Annual report on the working of the mental hospitals in the Madras Presidency - 1912-1932
Year: 1912
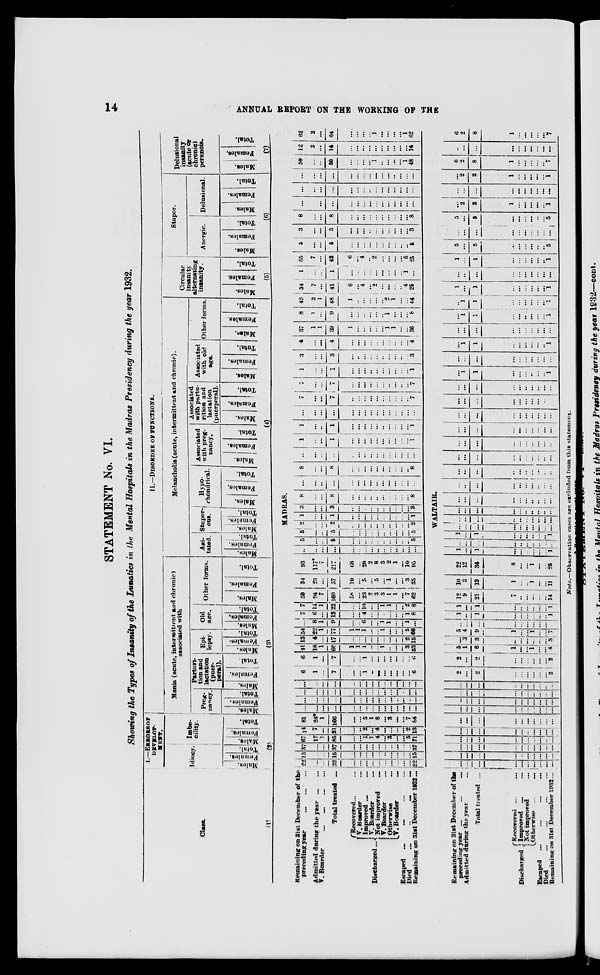
14
ANNUAL REPORT ON THE WORKING OF THE
STATEMENT No. VI.
Showing the Types of Insanity of the Lunatics in the Mental Hospitals in the Madras Presidency during the year 1932.
Class.
(1)
Remaining on 31st December of the
preceding year
...
Admitted during the year ... ...
V. Boarder ... ... ... ...
Total treated ...
Discharged ...
Recovered ... ...
V. Boarder ...
Improved ... ...
V.Boarder ...
Not improved ...
V. Boarder ...
Otherwise ...
V. Boarder
...
Escaped ... ... ... ...
Died
...
...
...
...
Remaining on 31st December 1932 ...
Remaining on 31st December of the
preceding year ...
...
...
Admitted during the year ...
Total treated
...
Discharged .
Recovered ... ...
Improved
...
...
Not improved ...
Otherwise ...
...
Escaped ... ... ... ...
Died
...
...
...
...
Remaining on 31st December 1932 ...
1.— ERRORS OF
DEVELOP-
MENT.
Idiocy.
Males.
Females.
Total.
Imbe-
cility.
Males.
Females.
Total.
(2)
II.—DISORDER OF FUNCTIONS.
Mania (acute, intermittent and chronic)
associated with
Preg-
nancy.
Mal es .
Femal es .
Tot al .
Parturi-
tion and
lactation
(puer-
peral).
Males.
Females.
Total.
Epi-
lepsy.
Males.
Females.
Total.
Old
age.
Males.
Females.
Total.
Other forms.
Males.
Females.
Total.
(3)
Melancholia (acute, intermittent and chronic).
Agi-
tated.
Males.
Females.
Total.
Stupor-
ous.
Males.
Females.
Total.
Hypo-
chondrical.
Males.
Females.
Total.
Associated
with preg-
nancy.
Males.
Females.
Total.
Associated
with partu-
rition and
lactation
puerperal).
Males.
Females.
Total.
Associated
with old
age.
Males.
Females.
Total.
Other forms.
Males.
Females.
Total.
(4)
Circular
insanity
alternating
insanity.
Males.
Females.
Total.
(5)
Stupor.
Anergic.
Males.
Females.
Total.
Delusional.
Males.
Females.
Total.
(6)
Delusional
insanity
(acute or
chronic)
peranoia.
Males.
Females.
Total.
(7)
MADRAS.
22
...
...
22
...
...
...
...
...
...
...
...
...
...
22
15
...
...
15
...
...
...
...
...
...
...
...
...
...
15
37
...
...
37
...
...
...
...
...
...
...
...
...
...
37
67
17
1
85
...
...
1
1
4
...
3
...
...
5
71
14
7
...
21
...
...
2
...
4
...
...
...
...
2
13
81
24*
1
106
...
...
3
1
8
...
3
...
...
7
84
...
...
...
...
...
...
...
...
...
...
...
...
...
...
...
...
...
...
...
...
...
...
...
...
...
...
...
...
...
...
...
...
...
...
...
...
...
...
...
...
...
...
...
...
...
...
...
...
...
...
...
...
...
...
...
...
...
...
...
...
6
1
...
7
...
...
1
...
...
...
...
...
...
...
6
6
1
...
7
...
...
1
...
...
...
...
...
...
...
6
41
18
1
60
1
1
1
...
...
1
..
...
...
3
53
13
4
...
17
...
...
...
...
...
...
...
...
...
2
15
54
22
1
77
1
1
1
...
...
1
...
...
...
5
68
...
8
1
9
...
...
6
...
...
1
1
...
...
1
...
7
6
...
13
...
...
4
...
...
...
...
...
...
1
8
7
14
1
22
...
...
10
...
...
1
1
...
...
2
8
59
94
7
160
58
...
23
2
3
3
1
1
...
7
62
34
23
...
57
10
...
5
...
5
...
1
...
...
3
33
93
117*
7
217
68
...
28
2
8
3
2
1
...
10
95
...
..
...
...
...
...
...
...
...
...
...
...
...
...
...
5
...
...
5
...
...
...
...
...
...
...
...
...
...
5
5
...
...
5
...
...
...
...
...
...
...
...
...
...
5
2
...
....
2
...
...
...
...
...
...
...
...
...
...
2
1
..
...
1
...
...
...
...
...
...
...
...
...
...
1
3
...
3
...
...
...
...
...
....
...
...
...
...
3
8
...
...
8
...
...
...
...
...
...
...
...
...
...
8
...
...
...
...
...
...
...
...
...
...
...
...
...
...
8
...
...
8
...
...
...
...
...
...
...
...
...
...
8
...
...
...
...
...
...
...
...
...
...
...
...
...
...
...
1
...
...
1
...
...
...
...
...
...
...
...
...
...
1
1
...
...
1
...
...
...
...
...
...
...
...
...
...
1
...
...
...
...
...
...
...
...
...
...
...
...
...
...
...
7
...
...
7
...
...
...
...
...
...
...
...
...
...
7
7
...
...
7
...
...
...
...
...
...
..
...
...
...
7
1
...
...
1
...
...
...
...
...
...
...
...
...
...
1
3
...
...
3
...
...
...
...
...
...
...
...
...
...
3
4
...
...
4
...
...
...
...
...
...
...
...
...
...
4
37
1
1
39
1
...
...
...
...
...
1
1
...
...
36
8
1
...
9
...
...
...
...
...
...
1
...
...
...
8
45
2
1
48
1
..
...
...
...
...
2
1
...
...
44
34
7
...
41
6
...
4
...
2
...
...
...
...
4
25
1
...
...
1
...
...
...
...
...
...
...
...
...
1
...
35
7
...
42
6
...
4
... 2
...
...
...
...
5
25
5
...
...
5
...
...
...
...
...
...
...
...
...
...
5
3
...
...
3
...
...
...
...
...
...
...
...
...
...
3
8
...
...
8
...
...
...
...
...
...
...
...
...
8
...
...
...
...
...
...
...
...
...
...
...
...
...
...
...
...
...
...
...
...
...
...
...
...
...
...
...
...
...
...
...
...
...
...
...
...
...
...
...
...
...
..
...
...
...
50
...
...
50
...
...
...
1
...
..
...
...
...
1
48
12
2
...
14
...
...
...
...
...
...
...
...
...
...
14
62
2
...
64
...
...
...
1
...
...
...
...
...
1
62
WALTAIR.
...
...
...
...
...
...
...
...
...
...
...
...
...
...
..
...
...
...
...
...
...
...
...
...
...
...
...
...
...
...
...
...
...
...
...
...
...
...
...
...
...
...
...
...
...
...
...
...
...
...
...
...
...
...
...
...
...
...
...
...
...
...
...
...
...
...
...
...
...
...
...
...
...
...
....
....
...
...
...
...
...
...
...
...
...
...
...
...
...
...
...
...
...
...
...
...
...
...
...
...
2
...
2
...
...
...
...
...
...
2
2
...
2
...
...
...
...
...
...
2
5
1
6
1
...
...
1
...
...
4
...
3 3
...
...
...
...
...
...
3
5
4
9
1
...
...
1
...
...
7
...
...
...
...
...
...
...
...
...
...
1
...
1
...
...
...
...
...
...
1
1
...
1
...
...
...
...
...
...
1
12
9
21
7
..
...
...
...
...
14
10
3
13
1
...
...
1
...
...
11
22
12
34
8
...
...
1
...
...
25
1
...
1
...
...
...
...
...
...
1
...
...
...
...
...
...
...
...
...
...
1
...
1
...
...
...
...
...
...
1
...
...
...
...
...
...
...
...
...
...
...
...
...
...
...
...
...
...
...
...
...
...
...
...
...
...
...
...
...
...
...
...
...
...
...
...
...
...
...
...
...
...
...
...
...
...
...
...
...
....
...
...
...
...
...
...
...
...
...
...
...
...
...
...
...
...
...
...
...
...
...
...
...
...
...
...
...
...
...
...
...
...
...
...
...
...
...
...
...
...
...
...
...
...
...
...
...
...
...
...
...
...
...
...
...
...
...
...
...
...
...
...
...
...
...
..
...
...
... ...
...
1
1
...
...
...
...
...
...
1
...
...
...
...
...
...
...
... ...
...
...
1
1
...
...
...
...
...
...
1
...
...
...
...
...
...
...
...
...
...
...
1
1
...
...
...
...
...
...
1
...
1
1
...
...
...
...
...
...
1
1
...
1
...
...
...
...
...
...
...
...
...
...
...
...
...
...
...
...
...
1
...
1
...
...
...
...
...
..
1
5
...
5
...
...
...
...
...
..
5
...
...
...
...
...
...
...
...
...
...
5
...
5
...
...
...
...
..
...
5
...
2
2
1
...
...
...
...
...
1
...
...
...
...
...
...
...
...
...
...
...
2
2
1
...
...
...
...
...
1
6
2
8
1
...
...
...
...
..
7
...
...
...
...
...
...
...
...
...
...
6
2
8
1
...
...
...
...
...
7
Note.—Observation
cases are excluded from this statement.